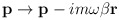
\begin{align*}{\bf p}\rightarrow {\bf p}-im\omega \beta {\bf r}\end{align*}